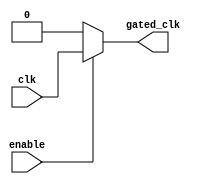
module clock_gating_cell (
    input wire clk,          // Global clock input
    input wire enable,       // Enable signal to control clock gating
    output wire gated_clk    // Gated clock output
);
    // Gated clock logic
    assign gated_clk = enable ? clk : 1'b0;
endmodule